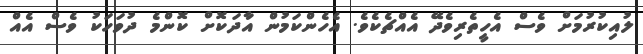
ލުއިކުރުމަށް ވެސް އެހީތެރިވެދޭ އެއްޗެކެވެ. އެހެންކަމުން އާދަކޮށް ކޮންމެ ދުވަހަކު ވެސް އެއް